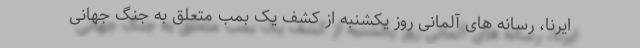
ایرنا، رسانه های آلمانی روز یکشنبه از کشف یک بمب متعلق به جنگ جهانی